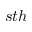
s t h